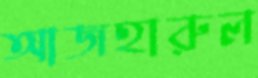
আজহারুল